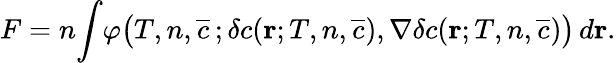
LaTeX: \begin{array}{l}{\displaystyle{F=n\! \int\! \varphi\big(T,n,\overline{{c}}\, ;\delta c({\mathbf r};T,n,\overline{{c}}),\nabla\delta c({\mathbf r};T,n,\overline{{c}})\big)\, d{\mathbf r}.}}\end{array}